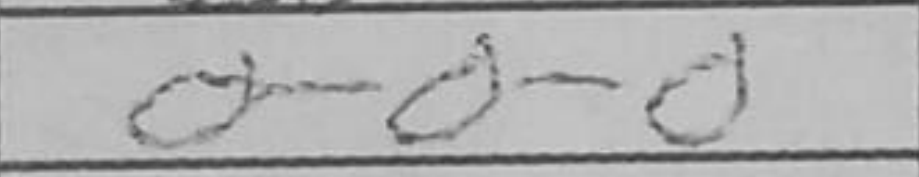
Transcription: O-O-O